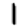
Digit: 1